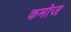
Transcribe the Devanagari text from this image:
कमोज